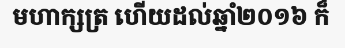
មហាក្សត្រ ហើយដល់ឆ្នាំ២០១៦ ក៏